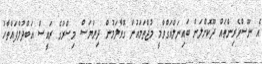
އެ ނޫސްވެރިންތައް ދޫކޮށްލަން ބައިނަލްއަގްވާމީ މުޖްތަމައުން ގޮވާލަމުން ދިޔަޔަސް މިސްރުގެ ރައީސް އަބްދުލްފައްތާހު